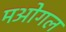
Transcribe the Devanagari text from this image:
मओगल